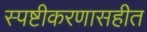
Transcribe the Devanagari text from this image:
स्पष्टीकरणासहीत